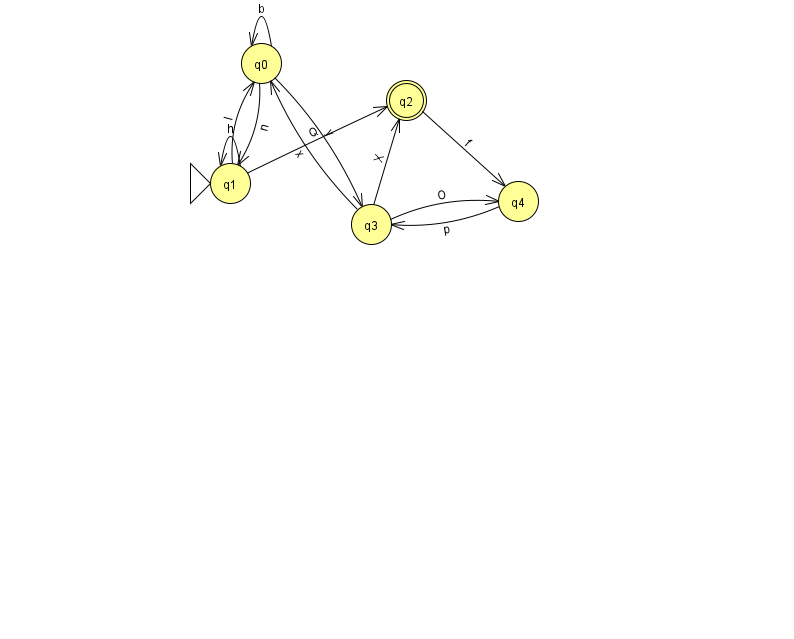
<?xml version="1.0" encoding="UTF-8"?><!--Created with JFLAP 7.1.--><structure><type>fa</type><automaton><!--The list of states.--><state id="0" name="q0"><x>261.0</x><y>50.0</y></state><state id="1" name="q1"><x>230.0</x><y>170.0</y><initial/></state><state id="2" name="q2"><x>406.0</x><y>87.0</y><final/></state><state id="3" name="q3"><x>371.0</x><y>211.0</y></state><state id="4" name="q4"><x>518.0</x><y>188.0</y></state><!--The list of transitions.--><transition><from>1</from><to>2</to><read>Q</read></transition><transition><from>4</from><to>3</to><read>p</read></transition><transition><from>0</from><to>0</to><read>b</read></transition><transition><from>2</from><to>4</to><read>f</read></transition><transition><from>0</from><to>3</to><read>y</read></transition><transition><from>1</from><to>0</to><read>l</read></transition><transition><from>3</from><to>0</to><read>x</read></transition><transition><from>0</from><to>1</to><read>n</read></transition><transition><from>1</from><to>1</to><read>h</read></transition><transition><from>3</from><to>2</to><read>X</read></transition><transition><from>3</from><to>4</to><read>O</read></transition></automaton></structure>